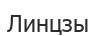
Линцзы